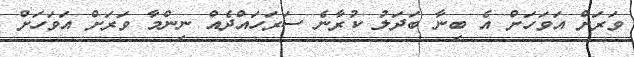
ވަރަށް އަވަހަށް އެ ބިނާ ބަދަލު ކުރާނެ ސަރަހައްދެއް ނިންމާ ވަރަށް އަވަހަށް